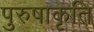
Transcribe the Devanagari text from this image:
पुरुषाकृति